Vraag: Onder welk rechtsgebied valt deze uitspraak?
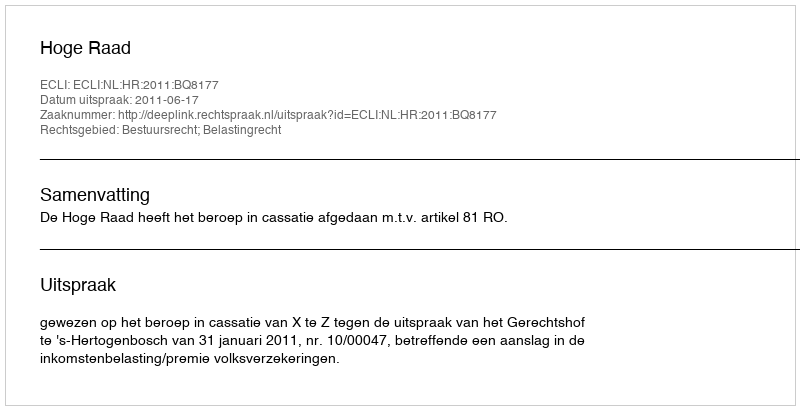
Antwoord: Bestuursrecht; Belastingrecht